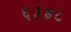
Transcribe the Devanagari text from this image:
६३४८